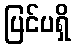
ပြင်ပရှိ